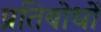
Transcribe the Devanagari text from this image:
प्रतिबोधों